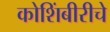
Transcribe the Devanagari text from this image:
कोशिंबीरीचे